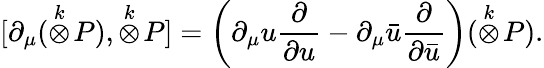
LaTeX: [\partial_{\mu}(\stackrel{k}{\otimes}\! P),\stackrel{k}{\otimes}\! P]=\left(\partial_{\mu}u\frac{\partial}{\partial u}-\partial_{\mu}\bar{u}\frac{\partial}{\partial\bar{u}}\right)(\stackrel{k}{\otimes}\! P).